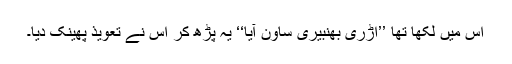
اس میں لکھا تھا ’’اُڑری بھنبیری ساون آیا‘‘ یہ پڑھ کر اس نے تعویذ پھینک دیا۔